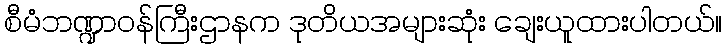
စီမံဘဏ္ဍာဝန်ကြီးဌာနက ဒုတိယအများဆုံး ချေးယူထားပါတယ်။